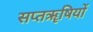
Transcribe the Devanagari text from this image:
सप्तॠषियों